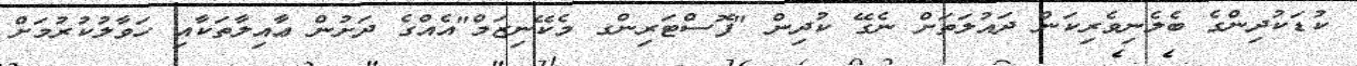
ކުޑަކުދިންގެ ބެލެނިވެރިކަން ދައުލަތަށް ނެގޭ ކުދިން "ފޮސްޓަރިންގ މެކޭނިޒަމް"އެއްގެ ދަށުން ޢާއިލާތަކާއި ހަވާލުކުރުމަށް